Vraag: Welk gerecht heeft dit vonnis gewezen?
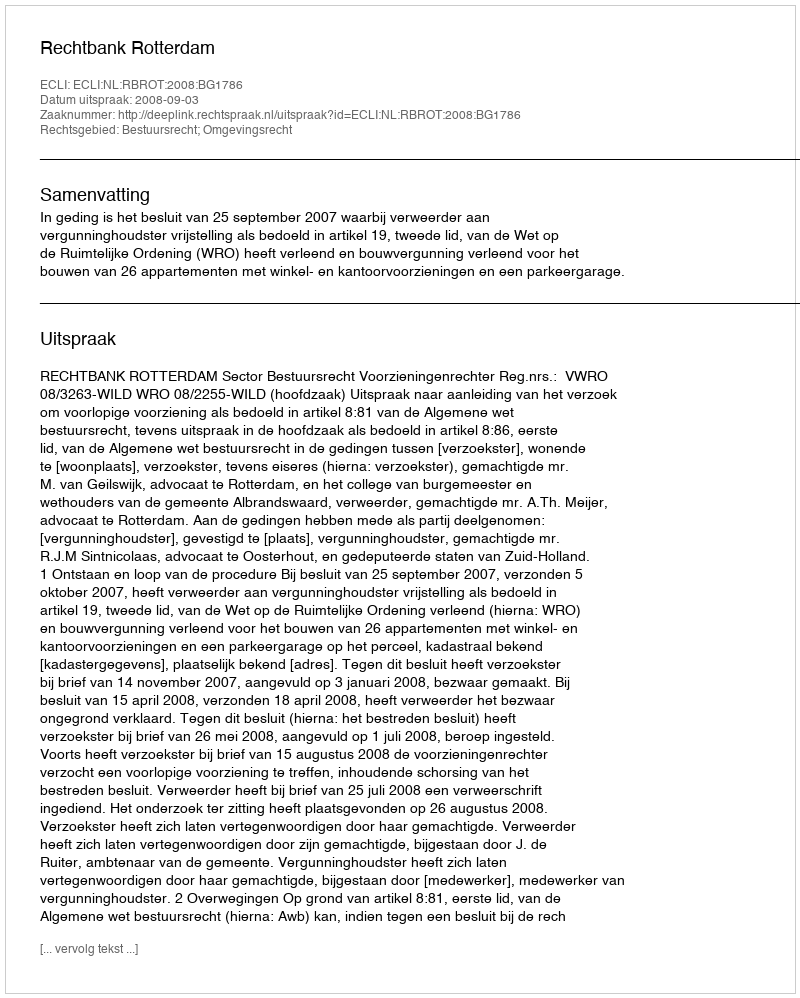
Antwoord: Rechtbank Rotterdam